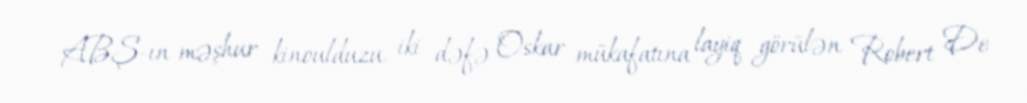
ABŞ-ın məşhur kinoulduzu, iki dəfə Oskar mükafatına layiq görülən Robert De